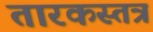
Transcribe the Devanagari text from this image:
तारकस्तत्र